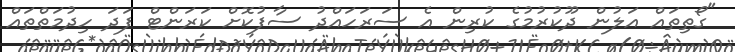
"ގޯތިތައް އަލުން ދޫކުރުމުގެ ކުރިން އެ ސަރަހައްދު ސާފުކޮށް ކަރަންޓް ފަދަ ހިދުމަތްތައް